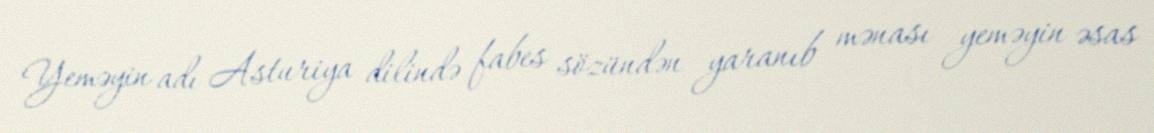
Yeməyin adı Asturiya dilində fabes sözündən yaranıb mənası yeməyin əsas